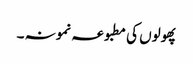
پھولوں کی مطبوعہ نمونہ ۔